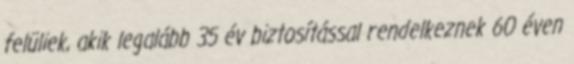
felüliek, akik legalább 35 év biztosítással rendelkeznek 60 éven